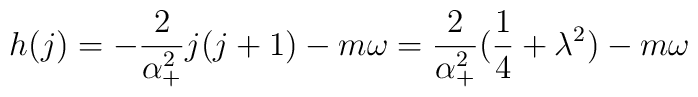
h(j)=-\frac 2{\alpha _{+}^2}j(j+1)-m\omega =\frac 2{\alpha _{+}^2}(\frac14+\lambda ^2)-m\omega